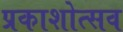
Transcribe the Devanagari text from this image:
प्रकाशोत्‍सव